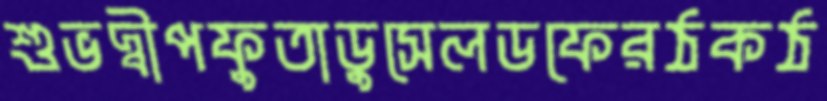
শুভদ্বীপফুতাডুসেলডফেরঠকঠ